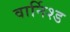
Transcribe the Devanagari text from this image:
वार्निश्ड